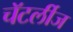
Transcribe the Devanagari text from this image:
चॅटर्लीज